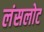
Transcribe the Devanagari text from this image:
लंसलोट